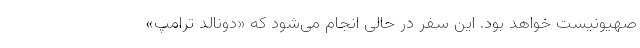
صهیونیست خواهد بود. این سفر در حالی انجام می‌شود که «دونالد ترامپ»